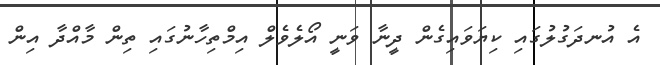
އެ އުނދަގުލުގައި ކިޔަވައިގެން ދީނާ ވަނީ އޯލެވެލް އިމްތިހާނުގައި ތިން މާއްދާ އިން